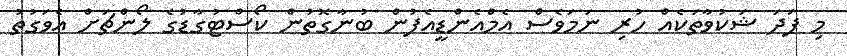
މި ފަދަ ޝަކުވާތަކެއް ހުރި ނަމަވެސް އެމްއެންޑީއެފުން ބުނާގޮތުން ކޯސްޓުގާޑުގެ ލޯންޗަށް އެވަގުތު